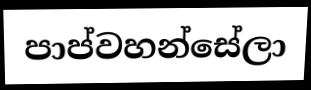
පාප්වහන්සේලා